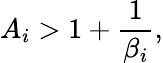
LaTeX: A_{i}>1+\frac{1}{\beta_{i}},